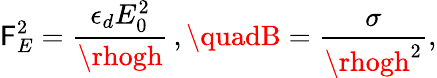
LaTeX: \mathsf{F}_{E}^{2}=\frac{{\epsilon_{d}E_{0}^{2}}}{{\rhogh}}\, ,\quadB=\frac{{\sigma}}{{\rhogh^{2}}},